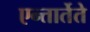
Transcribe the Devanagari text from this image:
एन्तार्तेते